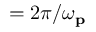
= 2 \pi / \omega _ { \mathbf { p } }